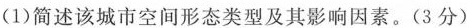
(1)简述该城市空间形态类型及其影响因素。(3分)